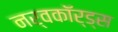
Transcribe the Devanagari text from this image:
नर्वकॉर्ड्स